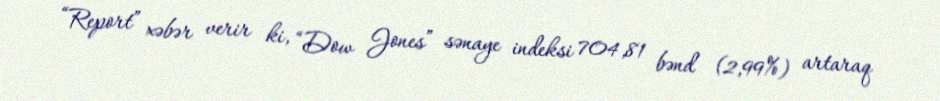
“Report” xəbər verir ki, “Dow Jones” sənaye indeksi 704,81 bənd (2,99%) artaraq